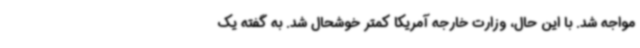
مواجه شد. با این حال، وزارت خارجه آمریکا کمتر خوشحال شد. به گفته یک